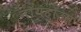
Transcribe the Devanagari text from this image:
नॉयहॉउस